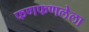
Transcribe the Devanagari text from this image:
फणफणलेला